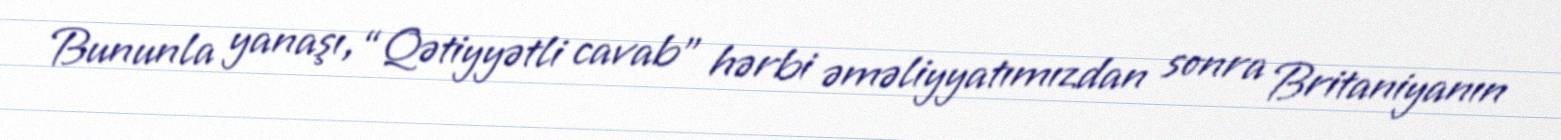
Bununla yanaşı, “Qətiyyətli cavab” hərbi əməliyyatımızdan sonra Britaniyanın